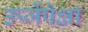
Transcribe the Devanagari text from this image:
ऊर्जेपेक्षा